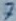
Text: 7